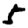
Digit: 5